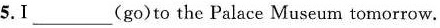
5.Ⅰ\underline(go)to the Palace Museum tomorrow.